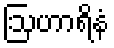
ဩဟာရိနံ